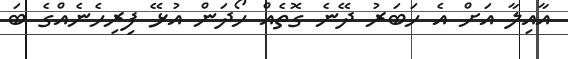
އާއިލާ އަށް އެ ހަބަރު ދޭނެ ގޮތެއް ހޯދަން އުޅޭ ފިރިހެނެއްގެ ބަ